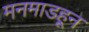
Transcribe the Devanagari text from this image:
मनमाडहून